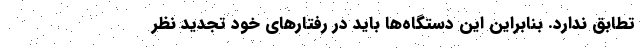
تطابق ندارد. بنابراین این دستگاه‌ها باید در رفتارهای خود تجدید نظر